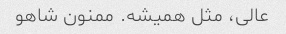
عالی، مثل همیشه. ممنون شاهو